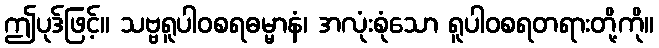
ဤပုဒ်ဖြင့်။ သဗ္ဗရူပါဝစရဓမ္မာနံ၊ အလုံးစုံသော ရူပါဝစရတရားတို့ကို။